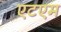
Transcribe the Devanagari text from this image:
एटएम